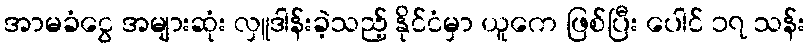
အာမခံငွေ အများဆုံး လှူဒါန်းခဲ့သည့် နိုင်ငံမှာ ယူကေ ဖြစ်ပြီး ပေါင် ၁၇ သန်း